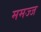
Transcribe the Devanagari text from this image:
ममज्ज